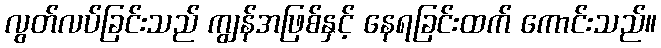
လွတ်လပ်ခြင်းသည် ကျွန်အဖြစ်နှင့် နေရခြင်းထက် ကောင်းသည်။